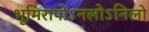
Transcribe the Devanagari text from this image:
भूमिरापोऽनलोऽनिलो